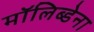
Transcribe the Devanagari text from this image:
मॉलिब्डेना